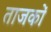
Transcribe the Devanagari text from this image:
ताजकों